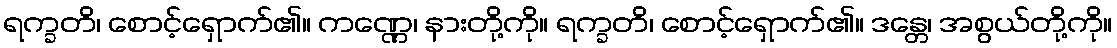
ရက္ခတိ၊ စောင့်ရှောက်၏။ ကဏ္ဏေ၊ နားတို့ကို။ ရက္ခတိ၊ စောင့်ရှောက်၏။ ဒန္တေ၊ အစွယ်တို့ကို။